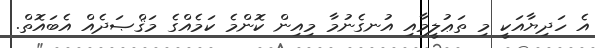
އެ ހަދިޔާއަކީ މި ތަޢުލީމާއި އުނގެނުމާ މިއިން ކޮންމެ ކަމެއްގެ މަޤްޞަދެއް އެބައޮތް.